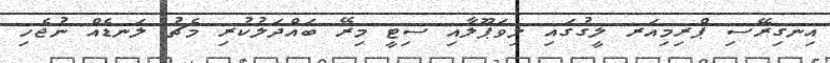
އިނގިރޭސި ޕްރިމިއަރ ލީގުގައި ލިވަޕޫލާއި ސިޓީ މިރޭ ބައްދަލުކުރި މެޗު ލަނޑެއް ނުޖެހި